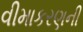
વીમાકરણની